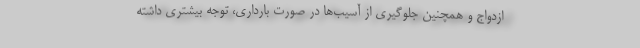
ازدواج و همچنین جلوگیری از آسیب‌ها در صورت بارداری، توجه بیشتری داشته